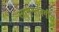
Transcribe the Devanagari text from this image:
सामन्तवर्गीय